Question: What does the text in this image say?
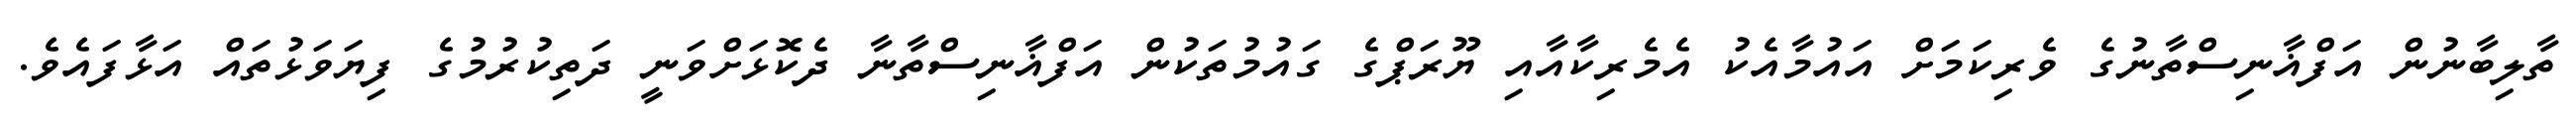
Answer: ތާލިބާނުން އަފްޣާނިސްތާނުގެ ވެރިކަމަށް އައުމާއެކު އެމެރިކާއާއި ޔޫރަޕްގެ ގައުމުތަކުން އަފްޣާނިސްތާނާ ދެކޮޅަށްވަނީ ދަތިކުރުމުގެ ފިޔަވަޅުތައް އަޅާފައެވެ.